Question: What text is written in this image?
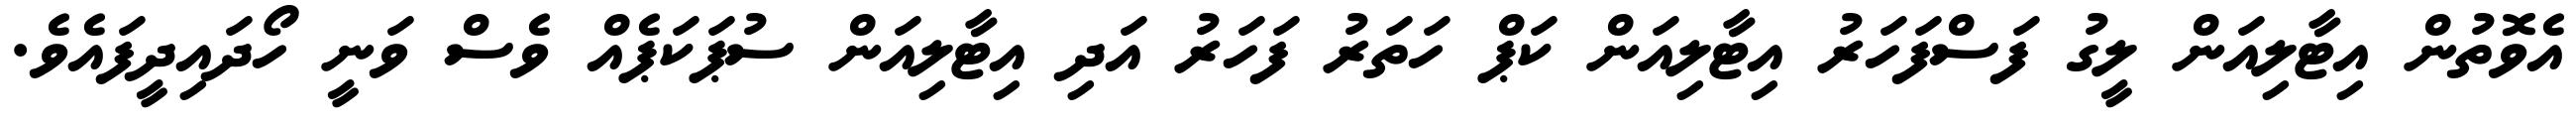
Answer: އެވޮތުން އިޓާލިއަން ލީގު ފަސްފަހަރު އިޓާލިއަން ކަޕް ހަތަރު ފަހަރު އަދި އިޓާލިއަން ސުޕަކަޕެއް ވެސް ވަނީ ހޯދައިދީފައެވެ.